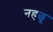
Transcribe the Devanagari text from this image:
नहछू